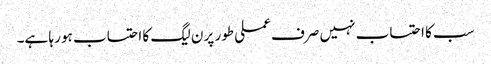
سب کا احتساب نہیں صرف عملی طور پر ن لیگ کا احتساب ہو رہا ہے۔